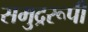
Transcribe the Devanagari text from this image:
समुद्ररूपी